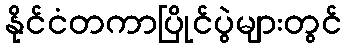
နိုင်ငံတကာပြိုင်ပွဲများတွင်